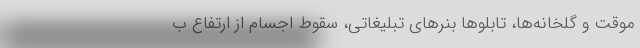
موقت و گلخانه‌ها، تابلوها بنرهای تبلیغاتی، سقوط اجسام از ارتفاع ب